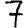
Digit: 7